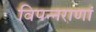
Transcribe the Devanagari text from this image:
विपन्नराणां